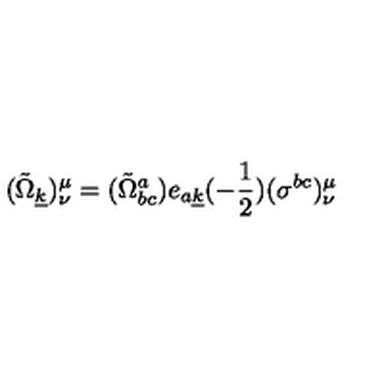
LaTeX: ( { \tilde { \Omega } } _ { \underline { { k } } } ) _ { \nu } ^ { \mu } = ( { \tilde { \Omega } } _ { b c } ^ { a } ) e _ { a \underline { { k } } } ( - { \frac { 1 } { 2 } } ) ( \sigma ^ { b c } ) _ { \nu } ^ { \mu }